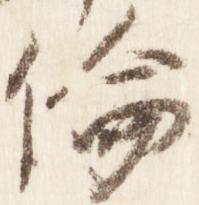
倫